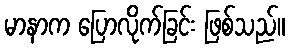
မာနာက ပြောလိုက်ခြင်း ဖြစ်သည်။